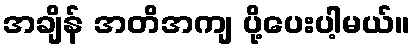
အချိန် အတိအကျ ပို့ပေးပါ့မယ်။